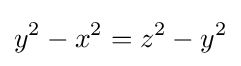
y^{2}-x^{2}=z^{2}-y^{2}